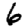
Digit: 6